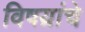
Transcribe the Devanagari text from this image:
विषय़ांचे